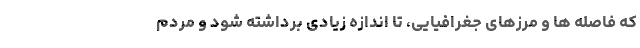
که فاصله ها و مرزهای جغرافیایی، تا اندازه زیادی برداشته شود و مردم